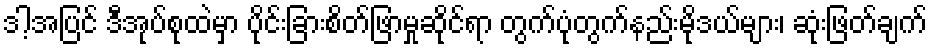
ဒါ့အပြင် ဒီအုပ်စုထဲမှာ ပိုင်းခြားစိတ်ဖြာမှုဆိုင်ရာ တွက်ပုံတွက်နည်းမိုဒယ်များ၊ ဆုံးဖြတ်ချက်